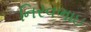
નિરવભાઇ